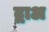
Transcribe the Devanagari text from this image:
द्वाअ